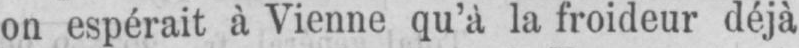
on espérait à Vienne qu’à la froideur déjà